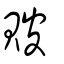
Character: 貱